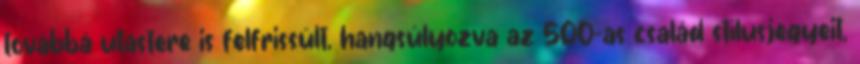
továbbá utastere is felfrissült, hangsúlyozva az 500-as család stílusjegyeit,